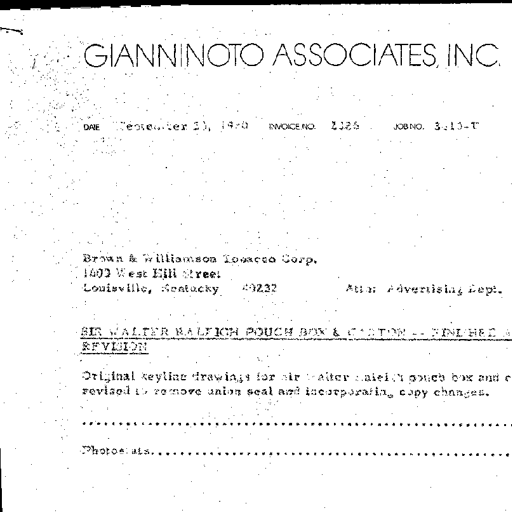
GIANNINOTO ASSOCIATES, INC.

DATE September 10, 1970 INVOICE NO. 2326 JOB NO. 3210-T

Brown & Williamson Tobacco Corp.
1600 West Hill Street
Louisville, Kentucky 40232 Attn: Advertising Dept.

SIR WALTER RALEIGH POUCH BOX & CARTON -- FINISHED ART
REVISION

Original keyline drawings for Sir Walter Raleigh pouch box and carton
revised to remove union seal and incorporating copy changes.

Photostats...................................................